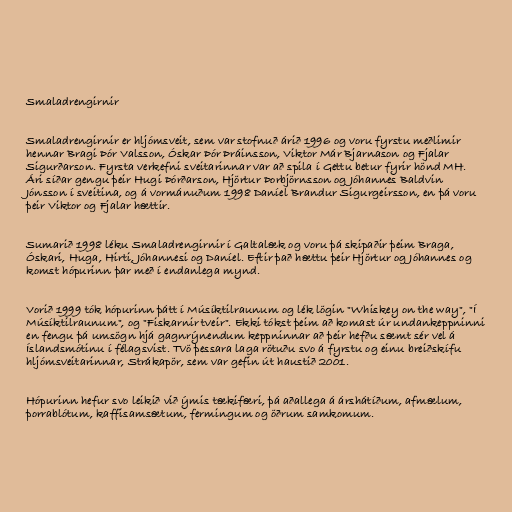
Smaladrengirnir

Smaladrengirnir er hljómsveit, sem var stofnuð árið 1996 og voru fyrstu meðlimir
hennar Bragi Þór Valsson, Óskar Þór Þráinsson, Viktor Már Bjarnason og Fjalar
Sigurðarson. Fyrsta verkefni sveitarinnar var að spila í Gettu betur fyrir hönd MH.
Ári síðar gengu þeir Hugi Þórðarson, Hjörtur Þorbjörnsson og Jóhannes Baldvin
Jónsson í sveitina, og á vormánuðum 1998 Daníel Brandur Sigurgeirsson, en þá voru
þeir Viktor og Fjalar hættir.

Sumarið 1998 léku Smaladrengirnir í Galtalæk og voru þá skipaðir þeim Braga,
Óskari, Huga, Hirti, Jóhannesi og Daníel. Eftir það hættu þeir Hjörtur og Jóhannes og
komst hópurinn þar með í endanlega mynd.

Vorið 1999 tók hópurinn þátt í Músíktilraunum og lék lögin "Whiskey on the way", "Í
Músíktilraunum", og "Fiskarnir tveir". Ekki tókst þeim að komast úr undankeppninni
en fengu þá umsögn hjá gagnrýnendum keppninnar að þeir hefðu sæmt sér vel á
Íslandsmótinu í félagsvist. Tvö þessara laga rötuðu svo á fyrstu og einu breiðskífu
hljómsveitarinnar, Strákapör, sem var gefin út haustið 2001.

Hópurinn hefur svo leikið við ýmis tækifæri, þá aðallega á árshátíðum, afmælum,
þorrablótum, kaffisamsætum, fermingum og öðrum samkomum.